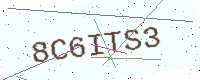
Text: 8C6ITS3